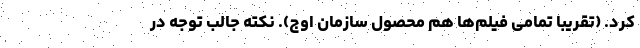
کرد. (تقریبا تمامی فیلم‌ها هم محصول سازمان اوج). نکته جالب توجه در